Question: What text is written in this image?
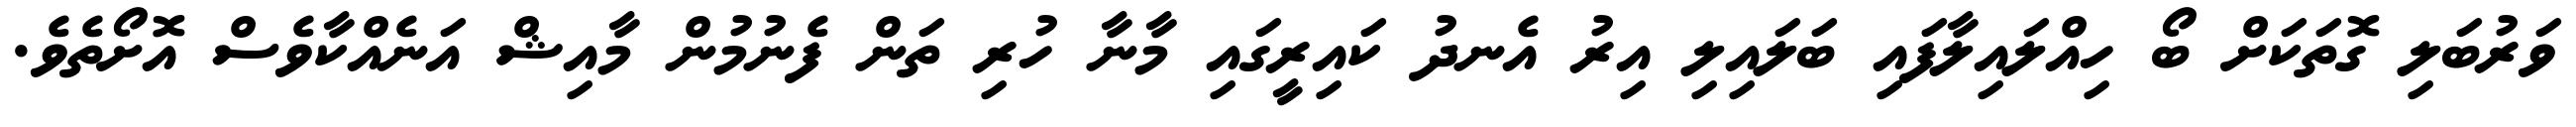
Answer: ވަރުބަލި ގޮތަކަށް ބޯ ހިއްލައިލާފައި ބަލައިލި އިރު އެނދު ކައިރީގައި މާނާ ހުރި ތަން ފެނުމުން މާއިޝް އަނެއްކާވެސް އޮށޯތެވެ.